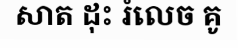
សាត ដុះ រំលេច គូ